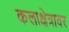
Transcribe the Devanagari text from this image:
कलाक्षेत्रावर